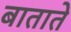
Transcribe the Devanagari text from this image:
बाताते